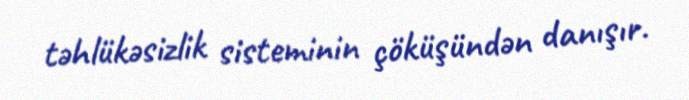
təhlükəsizlik sisteminin çöküşündən danışır.